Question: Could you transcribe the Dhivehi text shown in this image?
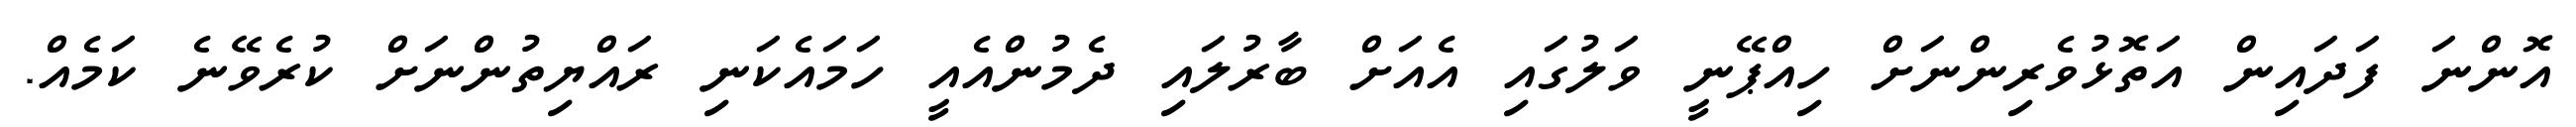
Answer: އޮންނަ ފަދައިން އަތޮޅުވެރިންނަށް ހިއްޕޭނީ ވަލުގައި އެއަށް ބާރުލައި ދެމުންއެއީ ހަމައެކަނި ރައްޔިތުންނަށް ކުރެވޭނެ ކަމެއް.